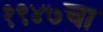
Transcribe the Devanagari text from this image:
१९४७चा